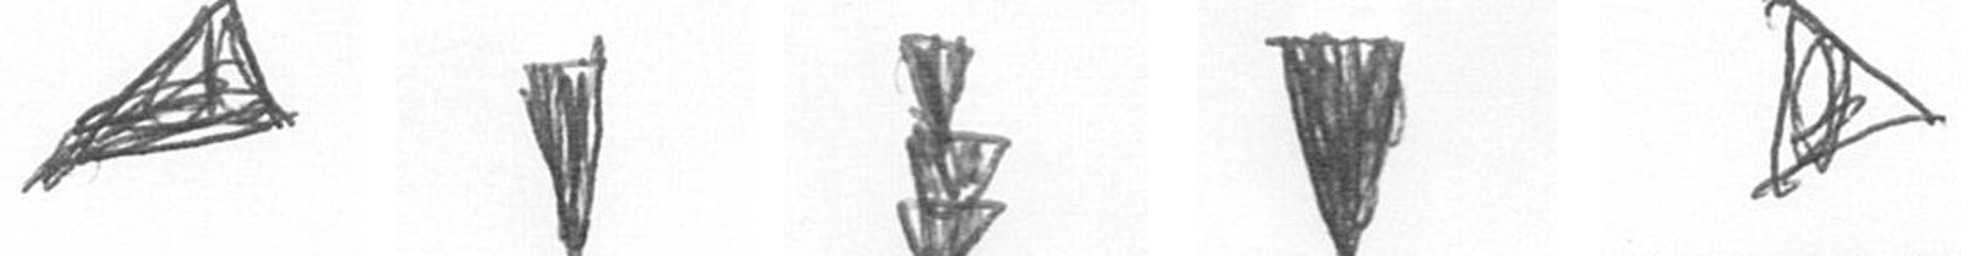
O J E J O